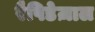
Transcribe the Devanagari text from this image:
रैपिडेज़ाल